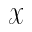
\mathcal { X }